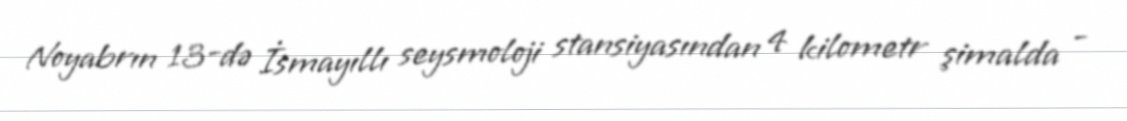
Noyabrın 13-də İsmayıllı seysmoloji stansiyasından 4 kilometr şimalda -